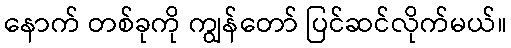
နောက် တစ်ခုကို ကျွန်တော် ပြင်ဆင်လိုက်မယ်။